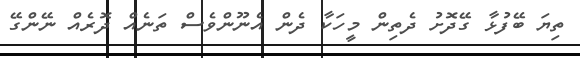
ތިޔަ ބޭފުޅާ ގޭދޮށު ދެތިން މީހަކާ ދެން އެނޫންވެސް ތަނެއް ދޮރެއް ނޭންގޭ